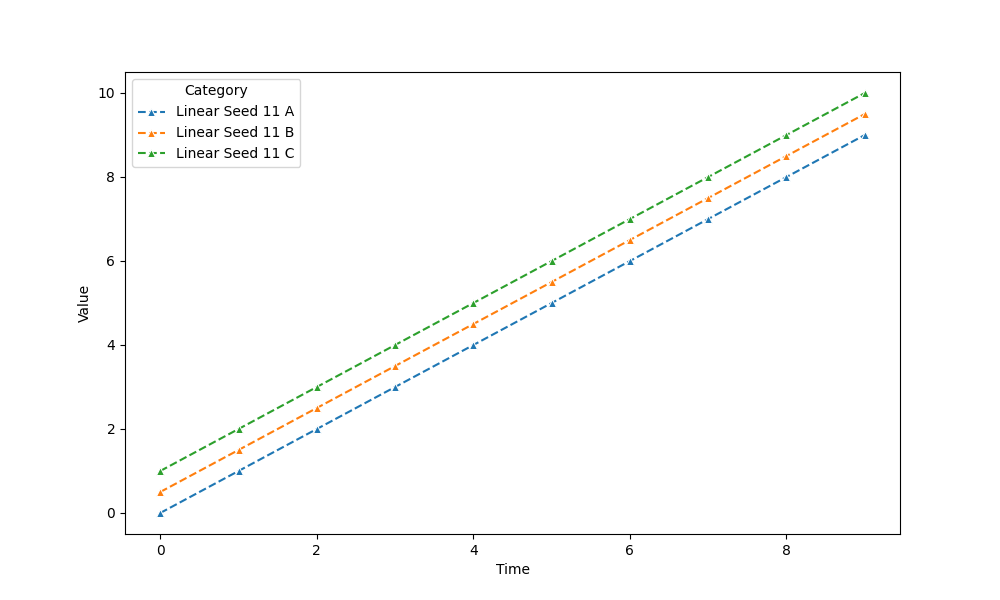
python, seaborn, lineplot, style='dashed', marker='^'